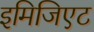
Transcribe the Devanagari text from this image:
इमिजिएट